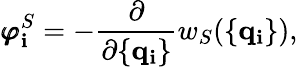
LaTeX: {\pmb\varphi}_{\mathbf{i}}^{S}=-\frac{{\partial}}{{\partial\{ {\mathbf{q}}_{\mathbf{i}}\} }}w_{S}(\{ {\mathbf{q}}_{\mathbf{i}}\} ),